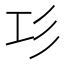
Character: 㣉